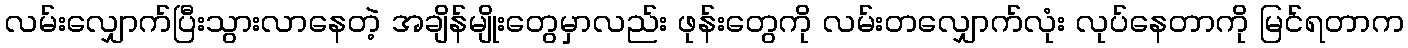
လမ်းလျှောက်ပြီးသွားလာနေတဲ့ အချိန်မျိုးတွေမှာလည်း ဖုန်းတွေကို လမ်းတလျှောက်လုံး လုပ်နေတာကို မြင်ရတာက